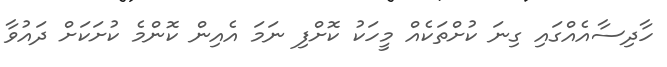
ހާދިސާއެއްގައި ގިނަ ކުށްތަކެއް މީހަކު ކޮށްފި ނަމަ އެއިން ކޮންމެ ކުށަކަށް ދައުވާ